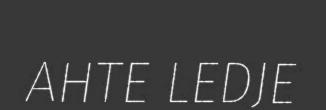
AHTE LEDJE